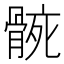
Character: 𮪬